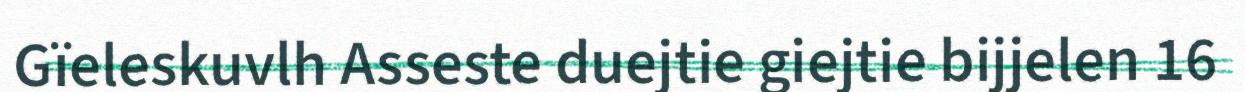
Gïeleskuvlh Asseste duejtie giejtie bijjelen 16